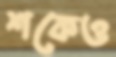
শকেও